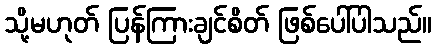
သို့မဟုတ် ပြန်ကြားချင်စိတ် ဖြစ်ပေါ်ပါသည်။